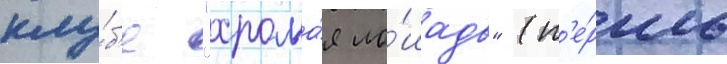
клу́б'е "хрома́я ло́шадь" (п'е́рмь